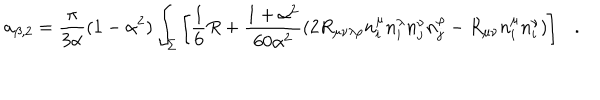
a _ { \beta , 2 } = { \frac { \pi } { 3 \alpha } } ( 1 - \alpha ^ { 2 } ) \int _ { \Sigma } \left[ \frac 1 6 R + { \frac { 1 + \alpha ^ { 2 } } { 6 0 \alpha ^ { 2 } } } ( 2 R _ { \mu \nu \lambda \rho } n _ { i } ^ { \mu } n _ { i } ^ { \lambda } n _ { j } ^ { \nu } n _ { j } ^ { \rho } - R _ { \mu \nu } n _ { i } ^ { \mu } n _ { i } ^ { \nu } ) \right] .